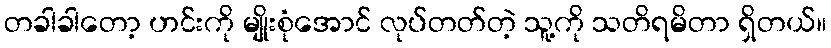
တခါခါတော့ ဟင်းကို မျိုးစုံအောင် လုပ်တတ်တဲ့ သူ့ကို သတိရမိတာ ရှိတယ်။